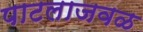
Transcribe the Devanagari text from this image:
पाटलाजवळ